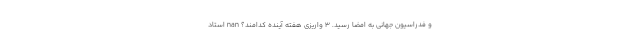
و فدراسیون جهانی به امضا رسید. ۳ واریزی‌ هفته آینده کدامند؟ nan استاد